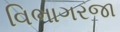
વિભાગરજા